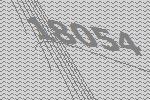
18054